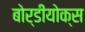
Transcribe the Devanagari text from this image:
बोर्डीयोक्स